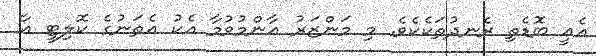
އެއީ ބޮޑެތި ރެނދުތަކެކެވެ. މި މަންޒަރު އާންމުވުމާ އެކު އެތަނުގެ ކޮލިޓީ އާ